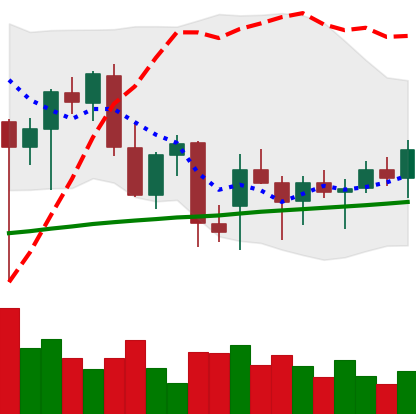
Ticker: ETH-USD
Chart end date: 2021-12-23
Forward return: -7.476%
Label: down_7plus